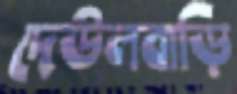
দেউলবাড়ি